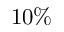
1 0 \%